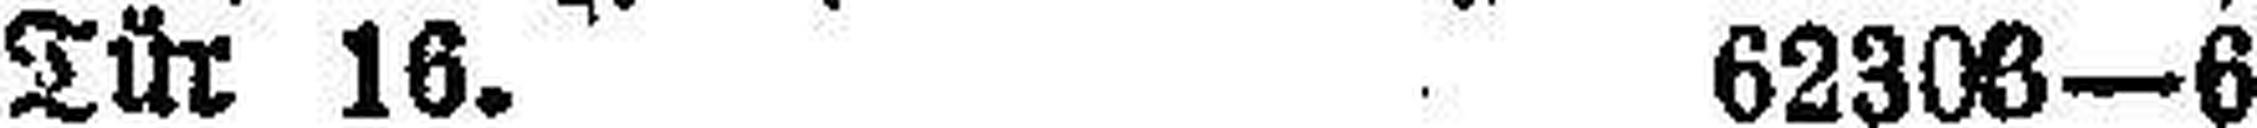
Tür 16. 62306—6